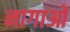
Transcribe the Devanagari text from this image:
नागाओ